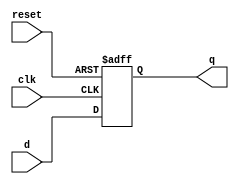
module d_flipflop (
    input wire clk,
    input wire reset,
    input wire d,
    output reg q
);

always @(posedge clk or posedge reset)
begin
    if (reset)
        q <= 1'b0;
    else
        q <= d;
end

endmodule